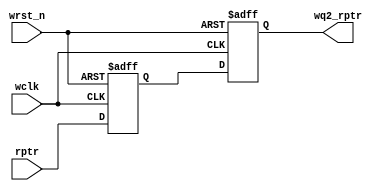
module sync_r2w #(parameter ADDRSIZE = 4)
(output reg [ADDRSIZE:0] wq2_rptr,
input [ADDRSIZE:0] rptr,
input wclk, wrst_n);
reg [ADDRSIZE:0] wq1_rptr;
always @(posedge wclk or negedge wrst_n)
if (!wrst_n) {wq2_rptr,wq1_rptr} <= 0;
else {wq2_rptr,wq1_rptr} <= {wq1_rptr,rptr};
endmodule